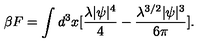
\beta F = \int d ^ { 3 } x [ \frac { \lambda | \psi | ^ { 4 } } { 4 } - \frac { \lambda ^ { 3 / 2 } | \psi | ^ { 3 } } { 6 \pi } ] .